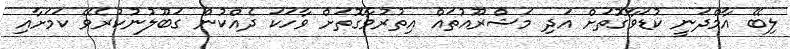
ލިބޭ އާމްދަނީ ކުޑަވާގޮތަށް އަދި މަޝްރޫއުތައް އިތުރުވާގޮތަށް ވާހަަކަ ދެއްކުން ގަބޫލުނުކުރެވޭ ކަމަށާއި